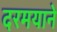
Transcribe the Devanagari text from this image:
दरमयाने